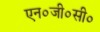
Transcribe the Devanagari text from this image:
एन०जी०सी०